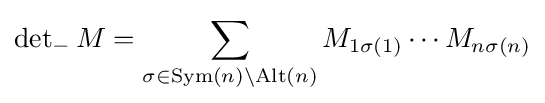
\det \nolimits _{-}M=\sum _{\sigma \in \operatorname {Sym} (n)\setminus \operatorname {Alt} (n)}M_{1\sigma (1)}\cdots M_{n\sigma (n)}